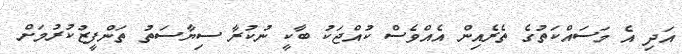
އަދި އެ މަސައްކަތުގެ ތެރެއިން އެއްވެސް ކުއްޖަކު ބާކީ ނުކުރާ ސިޔާސަތު ތަންފީޒުކުރުމަށް